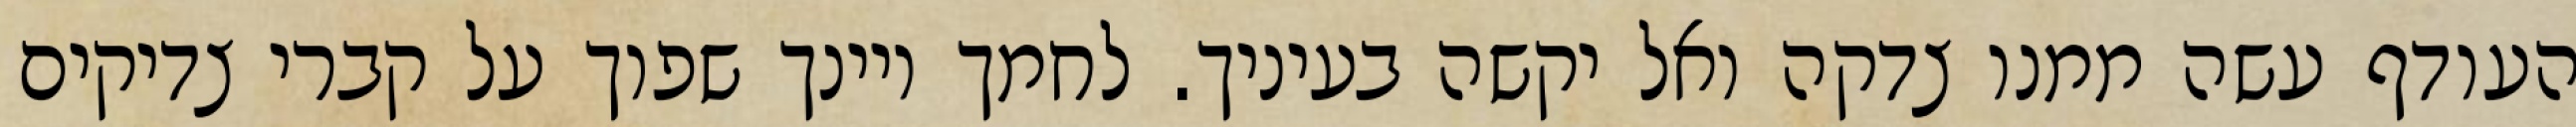
העודף עשה ממנו צדקה ואל יקשה בעיניך. לחמך ויינך שפוך על קברי צדיקים